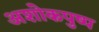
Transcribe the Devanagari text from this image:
अशोकपुष्प